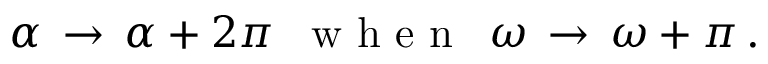
\alpha \, \rightarrow \, \alpha + 2 \pi \, \, \, \textrm { w h e n } \, \, \, \omega \, \rightarrow \, \omega + \pi \, .